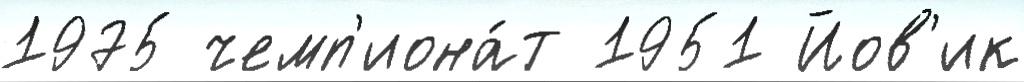
1975 чемп'иона́т 1951 Йов'ик